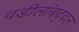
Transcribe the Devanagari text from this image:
वडीलांबद्दल